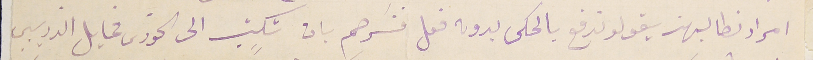
امرار نطالبهن يقولو ندفع بالحكى بدون فعل فنسَرهم بان تكتب الى الخورى مخايل الذريبي